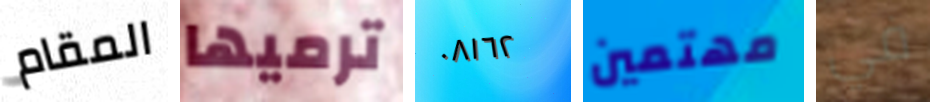
المقام ترميها ٠٨١٦٢ مهتمين في